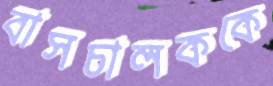
বাসচালককে